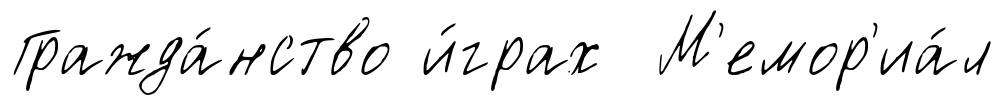
Гражда́нство и́грах М'емор'иа́л